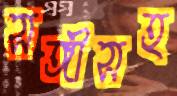
সঙ্গীসহ